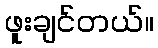
ဖူးချင်တယ်။